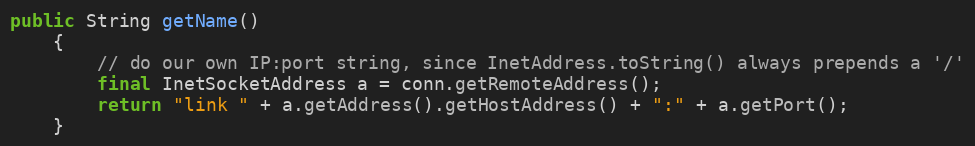
Language: Java
public String getName()
	{
		// do our own IP:port string, since InetAddress.toString() always prepends a '/'
		final InetSocketAddress a = conn.getRemoteAddress();
		return "link " + a.getAddress().getHostAddress() + ":" + a.getPort();
	}